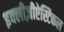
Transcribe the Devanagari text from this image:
इक्लीज़ीऐस्टिकल